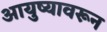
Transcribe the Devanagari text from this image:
आयुष्यावरून